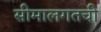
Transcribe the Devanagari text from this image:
सीमालगतची